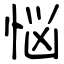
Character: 悩